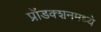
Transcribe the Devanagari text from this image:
प्रॉडक्शनमध्ये